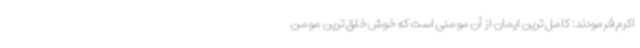
اکرم فرمودند: کامل ترین ایمان از آن مومنی است که خوش خلق ترین مومن